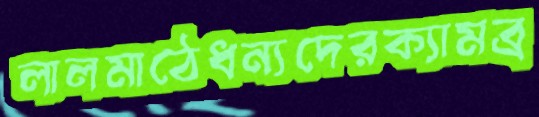
লালমাঠেধন্যদেরক্যামব্র